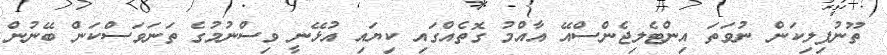
ތޫނުފިލިކަން ނުވަތަ އިންޓެލިޖެންސްއޭ އާއްމު ގޮތެއްގައި ކިޔައި އުޅޭނީ ވިސްނުމުގެ ތަނަވަސްކަން ބޭނުން